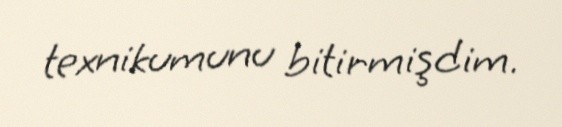
texnikumunu bitirmişdim.